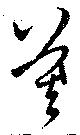
莫